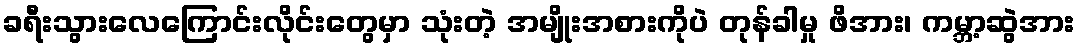
ခရီးသွားလေကြောင်းလိုင်းတွေမှာ သုံးတဲ့ အမျိုးအစားကိုပဲ တုန်ခါမှု ဖိအား၊ ကမ္ဘာ့ဆွဲအား